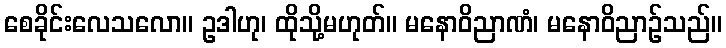
စေခိုင်းလေသလော။ ဥဒါဟု၊ ထိုသို့မဟုတ်။ မနောဝိညာဏံ၊ မနောဝိညာဉ်သည်။